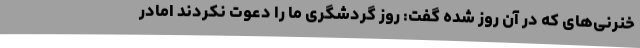
خنرنی‌های که در آن روز شده گفت: روز گردشگری ما را دعوت نکردند امادر